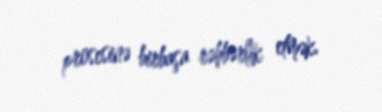
prosesinə birbaşa rəhbərlik etmək.